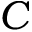
C